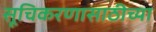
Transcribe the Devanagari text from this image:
सूचिकरणासाठीच्या